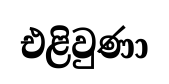
එළිවුණා